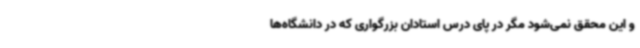
و این محقق نمی‌شود مگر در پای درس استادان بزرگواری که در دانشگاه‌ها